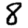
Digit: 8